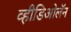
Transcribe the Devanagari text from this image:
व्हीडिओलॅन